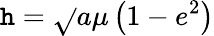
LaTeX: \mathtt{h}={\sqrt{}{{a\mu\left(1-e^{2}\right)}}}